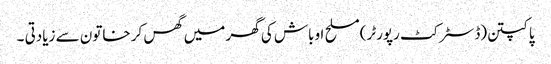
پاکپتن(ڈسٹر کٹ رپورٹر)مسلح اوباش کی گھر میں گھس کر خاتون سے زیادتی ۔